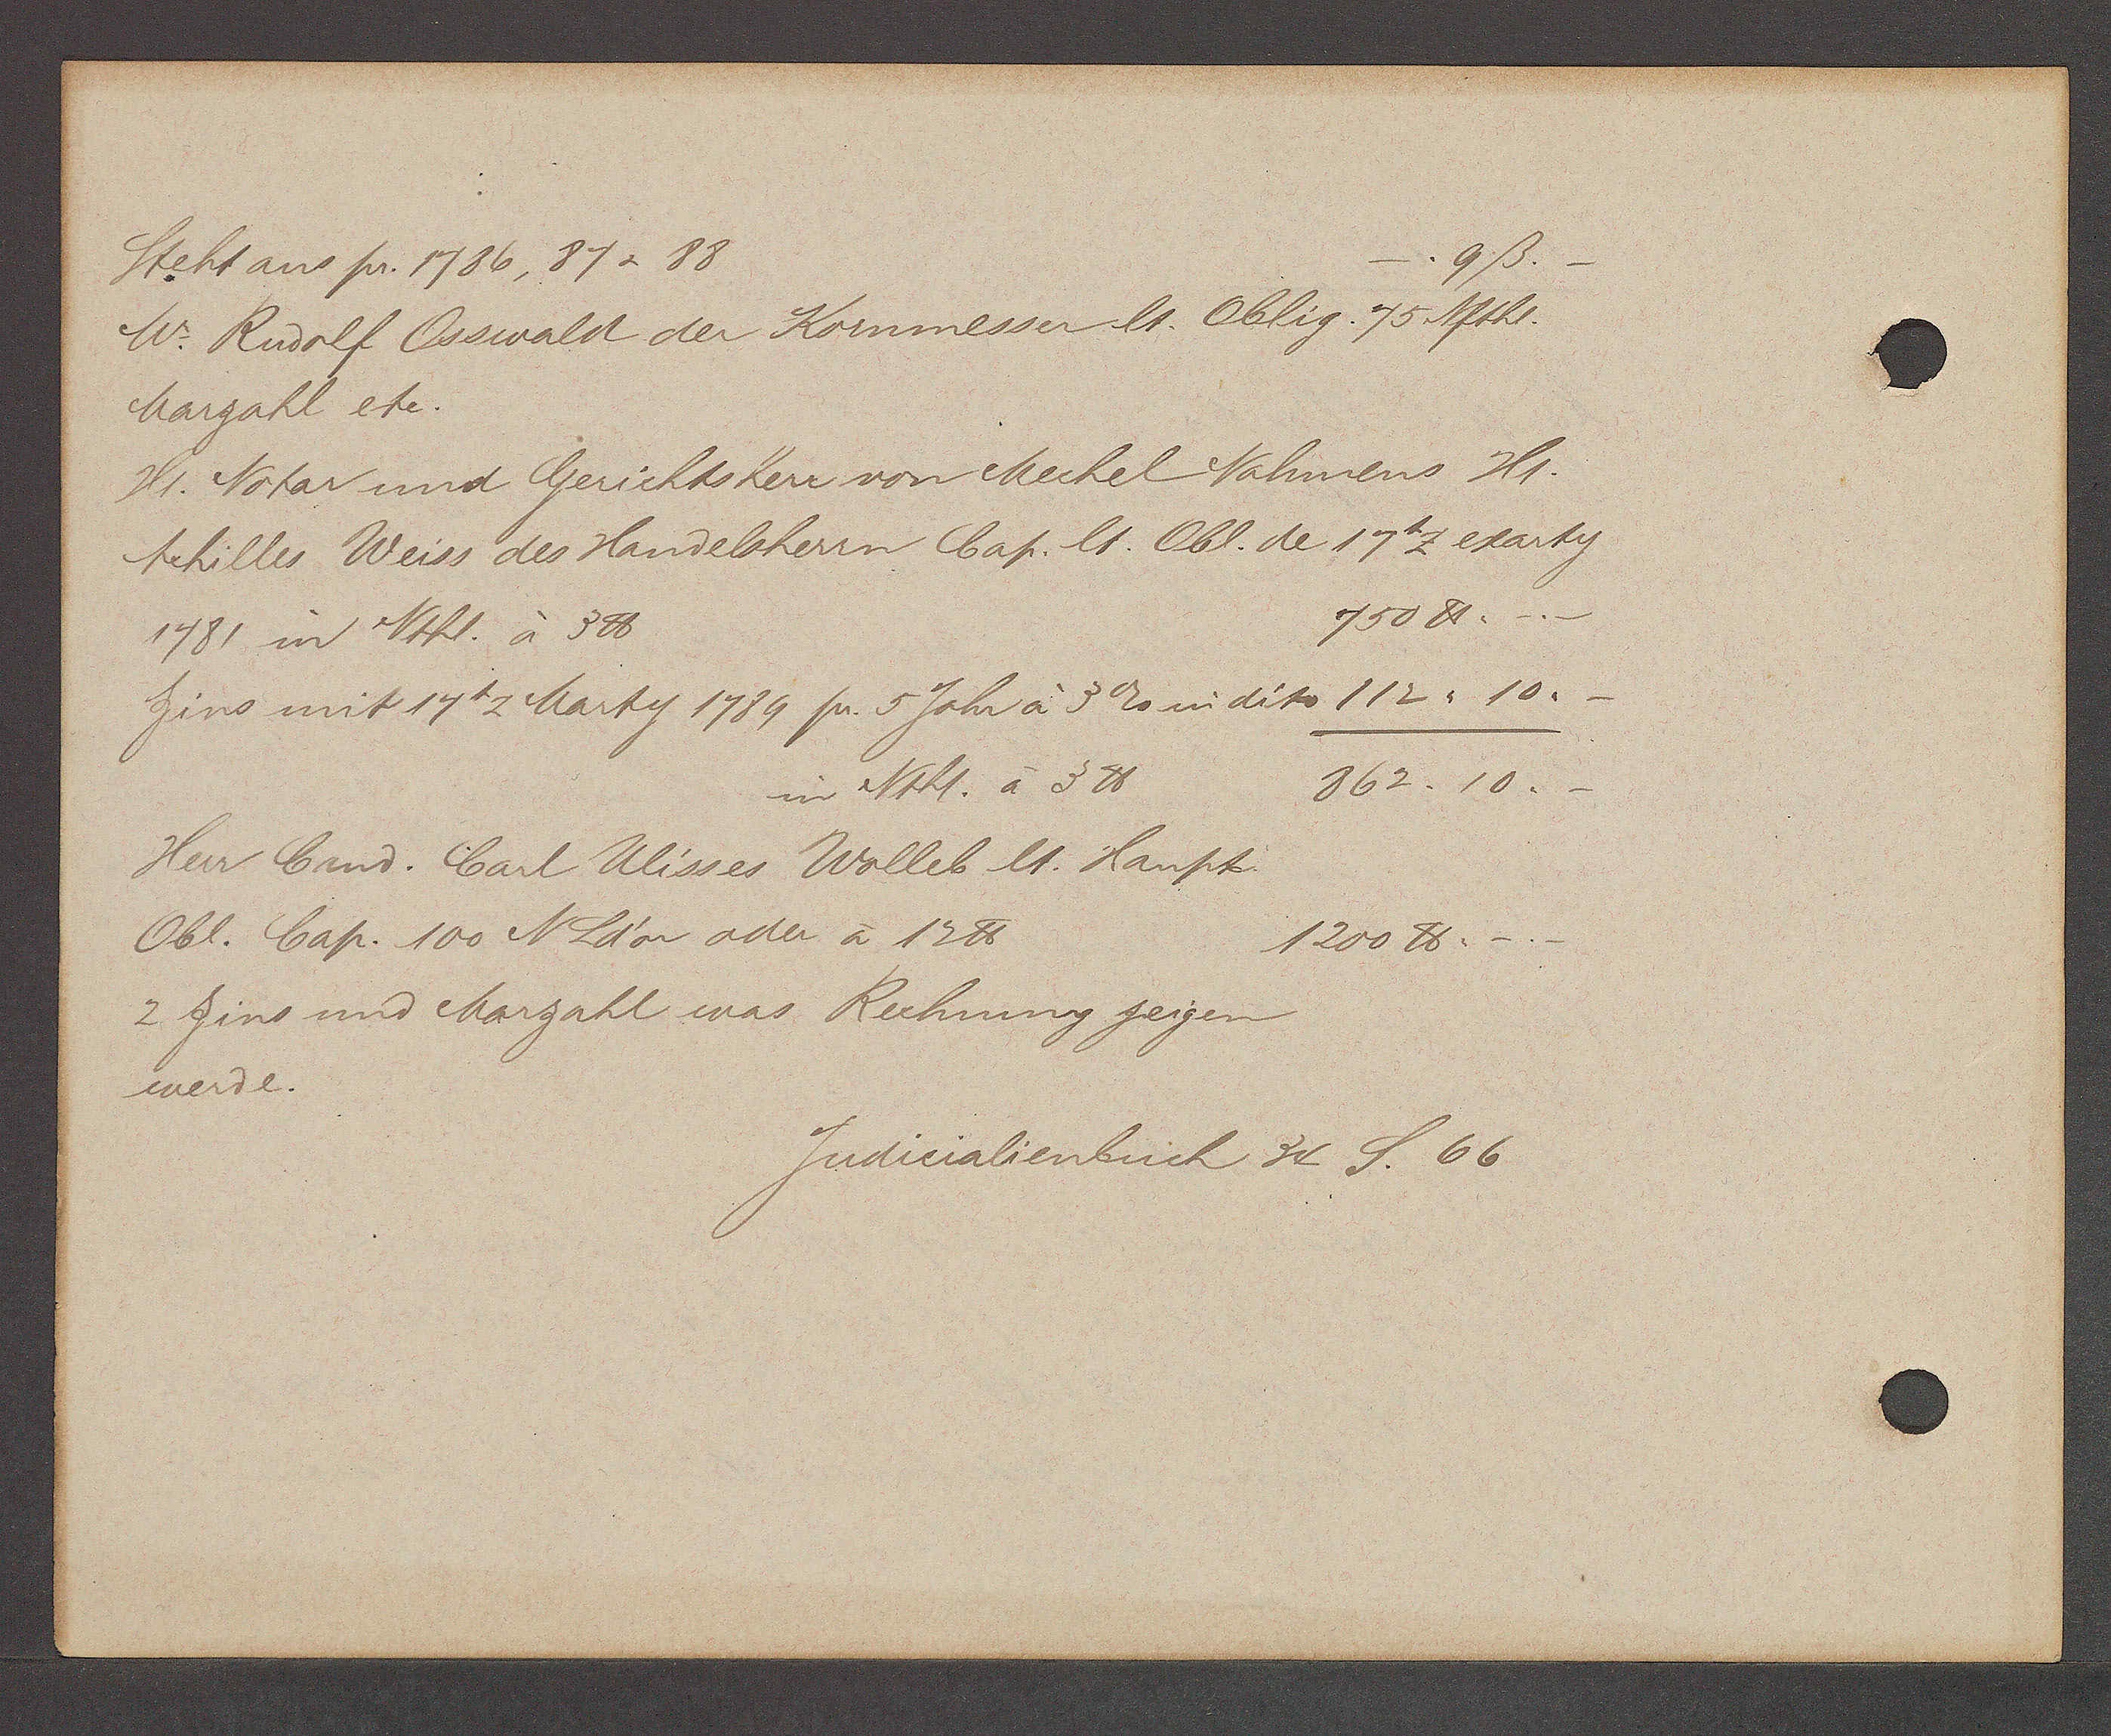
Transcript:
9 ß.-
Steht ans pr. 1786, 87 & 88
Mr. Rudolf Osswald der Kornmesser lt. Oblig. 75. Nfthl.
Marzahl etc.
Hr. Notar und Gerichtsherr von Mechel Nahmens Hr.
Schiller Weiss des Handelsherrn, Cap. lt. Obl. de 1717 exarty
750 ℔.
1481 in Nthl. à 3℔
Zins mit 17 t2 Marty 1789 pr. 5 Johr à 3 2s in dito 112, 10.
862. 10.
in Ntht. à 3 ℔
Herr Grand. Carl Ulisses Wolleb lt. Haupt
Obl. Cap. 100 N Ld'or oder à 17℔
1200 ℔.-
2 Zins und Marzahl was Rechnung zeigen
werde.

Judicialienbuch 34 S. 66